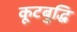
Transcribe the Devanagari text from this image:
कूटबुद्धि